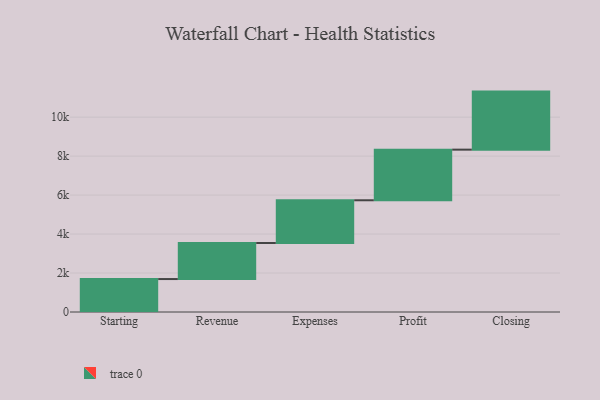
{"axis": {"x": "Step", "y": "Value"}, "legend": [""], "data": [{"x": "Starting", "y": 1691.0, "type": ""}, {"x": "Revenue", "y": 1850.0, "type": ""}, {"x": "Expenses", "y": 2193.0, "type": ""}, {"x": "Profit", "y": 2598.0, "type": ""}, {"x": "Closing", "y": 2979.0, "type": ""}]}